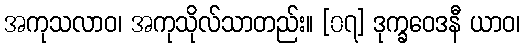
အကုသလာဝ၊ အကုသိုလ်သာတည်း။ [၀၇] ဒုက္ခဝေဒနီ ယာဝ၊